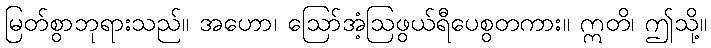
မြတ်စွာဘုရားသည်။ အဟော၊ ဩော်အံ့ဩဖွယ်ရီပေစွတကား။ ဣတိ၊ ဤသို့။